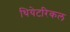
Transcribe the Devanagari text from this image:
थियेटरिकल